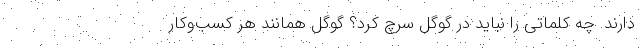
دارند. چه کلماتی را نباید در گوگل سرچ کرد؟ گوگل همانند هر کسب‌وکار